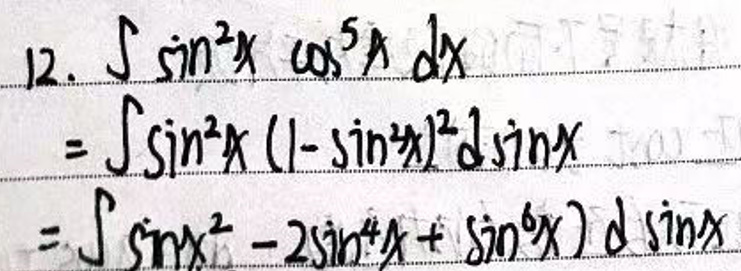
\begin{align*}
12.\int\sin^{3}x\cos^{5}x\mathrm{d}x\\
=\int\sin^{3}x(1 - \sin^{2}x)^{2}\mathrm{d}\sin x\\
=\int(\sin^{3}x - 2\sin^{5}x+\sin^{7}x)\mathrm{d}\sin x
\end{align*}